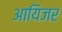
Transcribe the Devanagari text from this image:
आयिजर